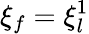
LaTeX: \xi_{f}=\xi_{l}^{1}